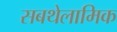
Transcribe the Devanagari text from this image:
सबथेलामिक